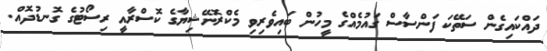
ދައްކައިގެން ސަތޭކަ ފަންސާސް ގައުމެއްގެ މީހުން ބައިވެރިވި މެކްރޮނޭޝިޔާގެ ކޮސްރާއީ ރިސޯޓުގެ ގޮނޑުދޮއް.